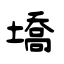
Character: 墧